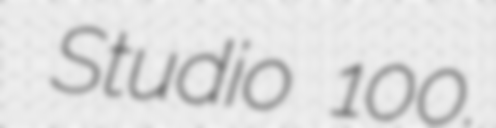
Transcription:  Studio 100.